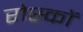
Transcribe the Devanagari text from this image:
रोस्कों